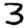
Digit: 3